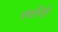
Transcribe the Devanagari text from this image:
पद्मगिरि